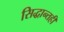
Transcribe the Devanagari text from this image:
सिद्धान्तही